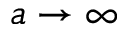
a \to \infty